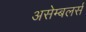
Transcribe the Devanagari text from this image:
असेम्बलर्स